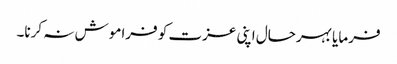
فرمایا بہرحال اپنی عزت کو فراموش نہ کرنا۔